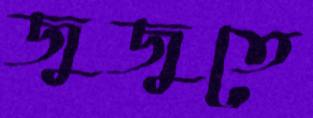
জুজুতে